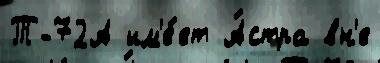
Т-72А им'е́ет А́стра вн'е